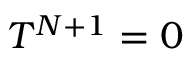
T ^ { N + 1 } = 0